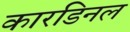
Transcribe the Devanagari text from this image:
कारडिनल